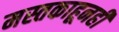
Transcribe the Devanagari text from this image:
मस्तकाहूनही